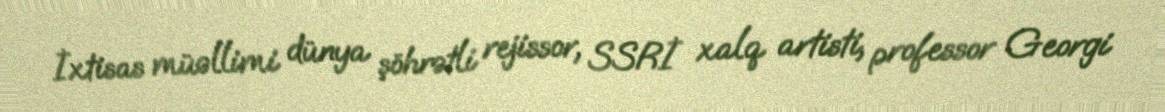
İxtisas müəllimi dünya şöhrətli rejissor, SSRİ xalq artisti, professor Georgi